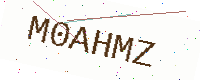
Text: M0AHMZ